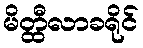
မိတ္ထီလာခရိုင်